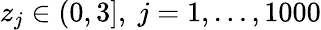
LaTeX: z_{j}\in(0,3],~j=1,\ldots,1000